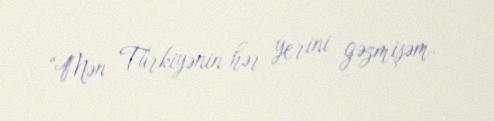
“Mən Türkiyənin hər yerini gəzmişəm.